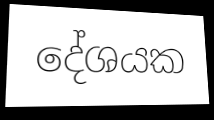
දේශයක